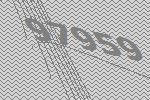
97959